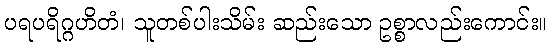
ပရပရိဂ္ဂဟိတံ၊ သူတစ်ပါးသိမ်း ဆည်းသော ဥစ္စာလည်းကောင်း။